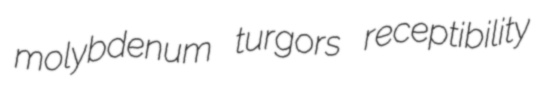
molybdenum turgors receptibility